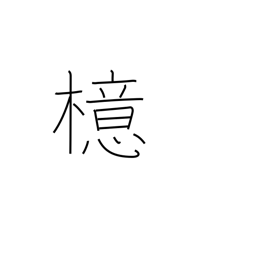
Meaning: ilex